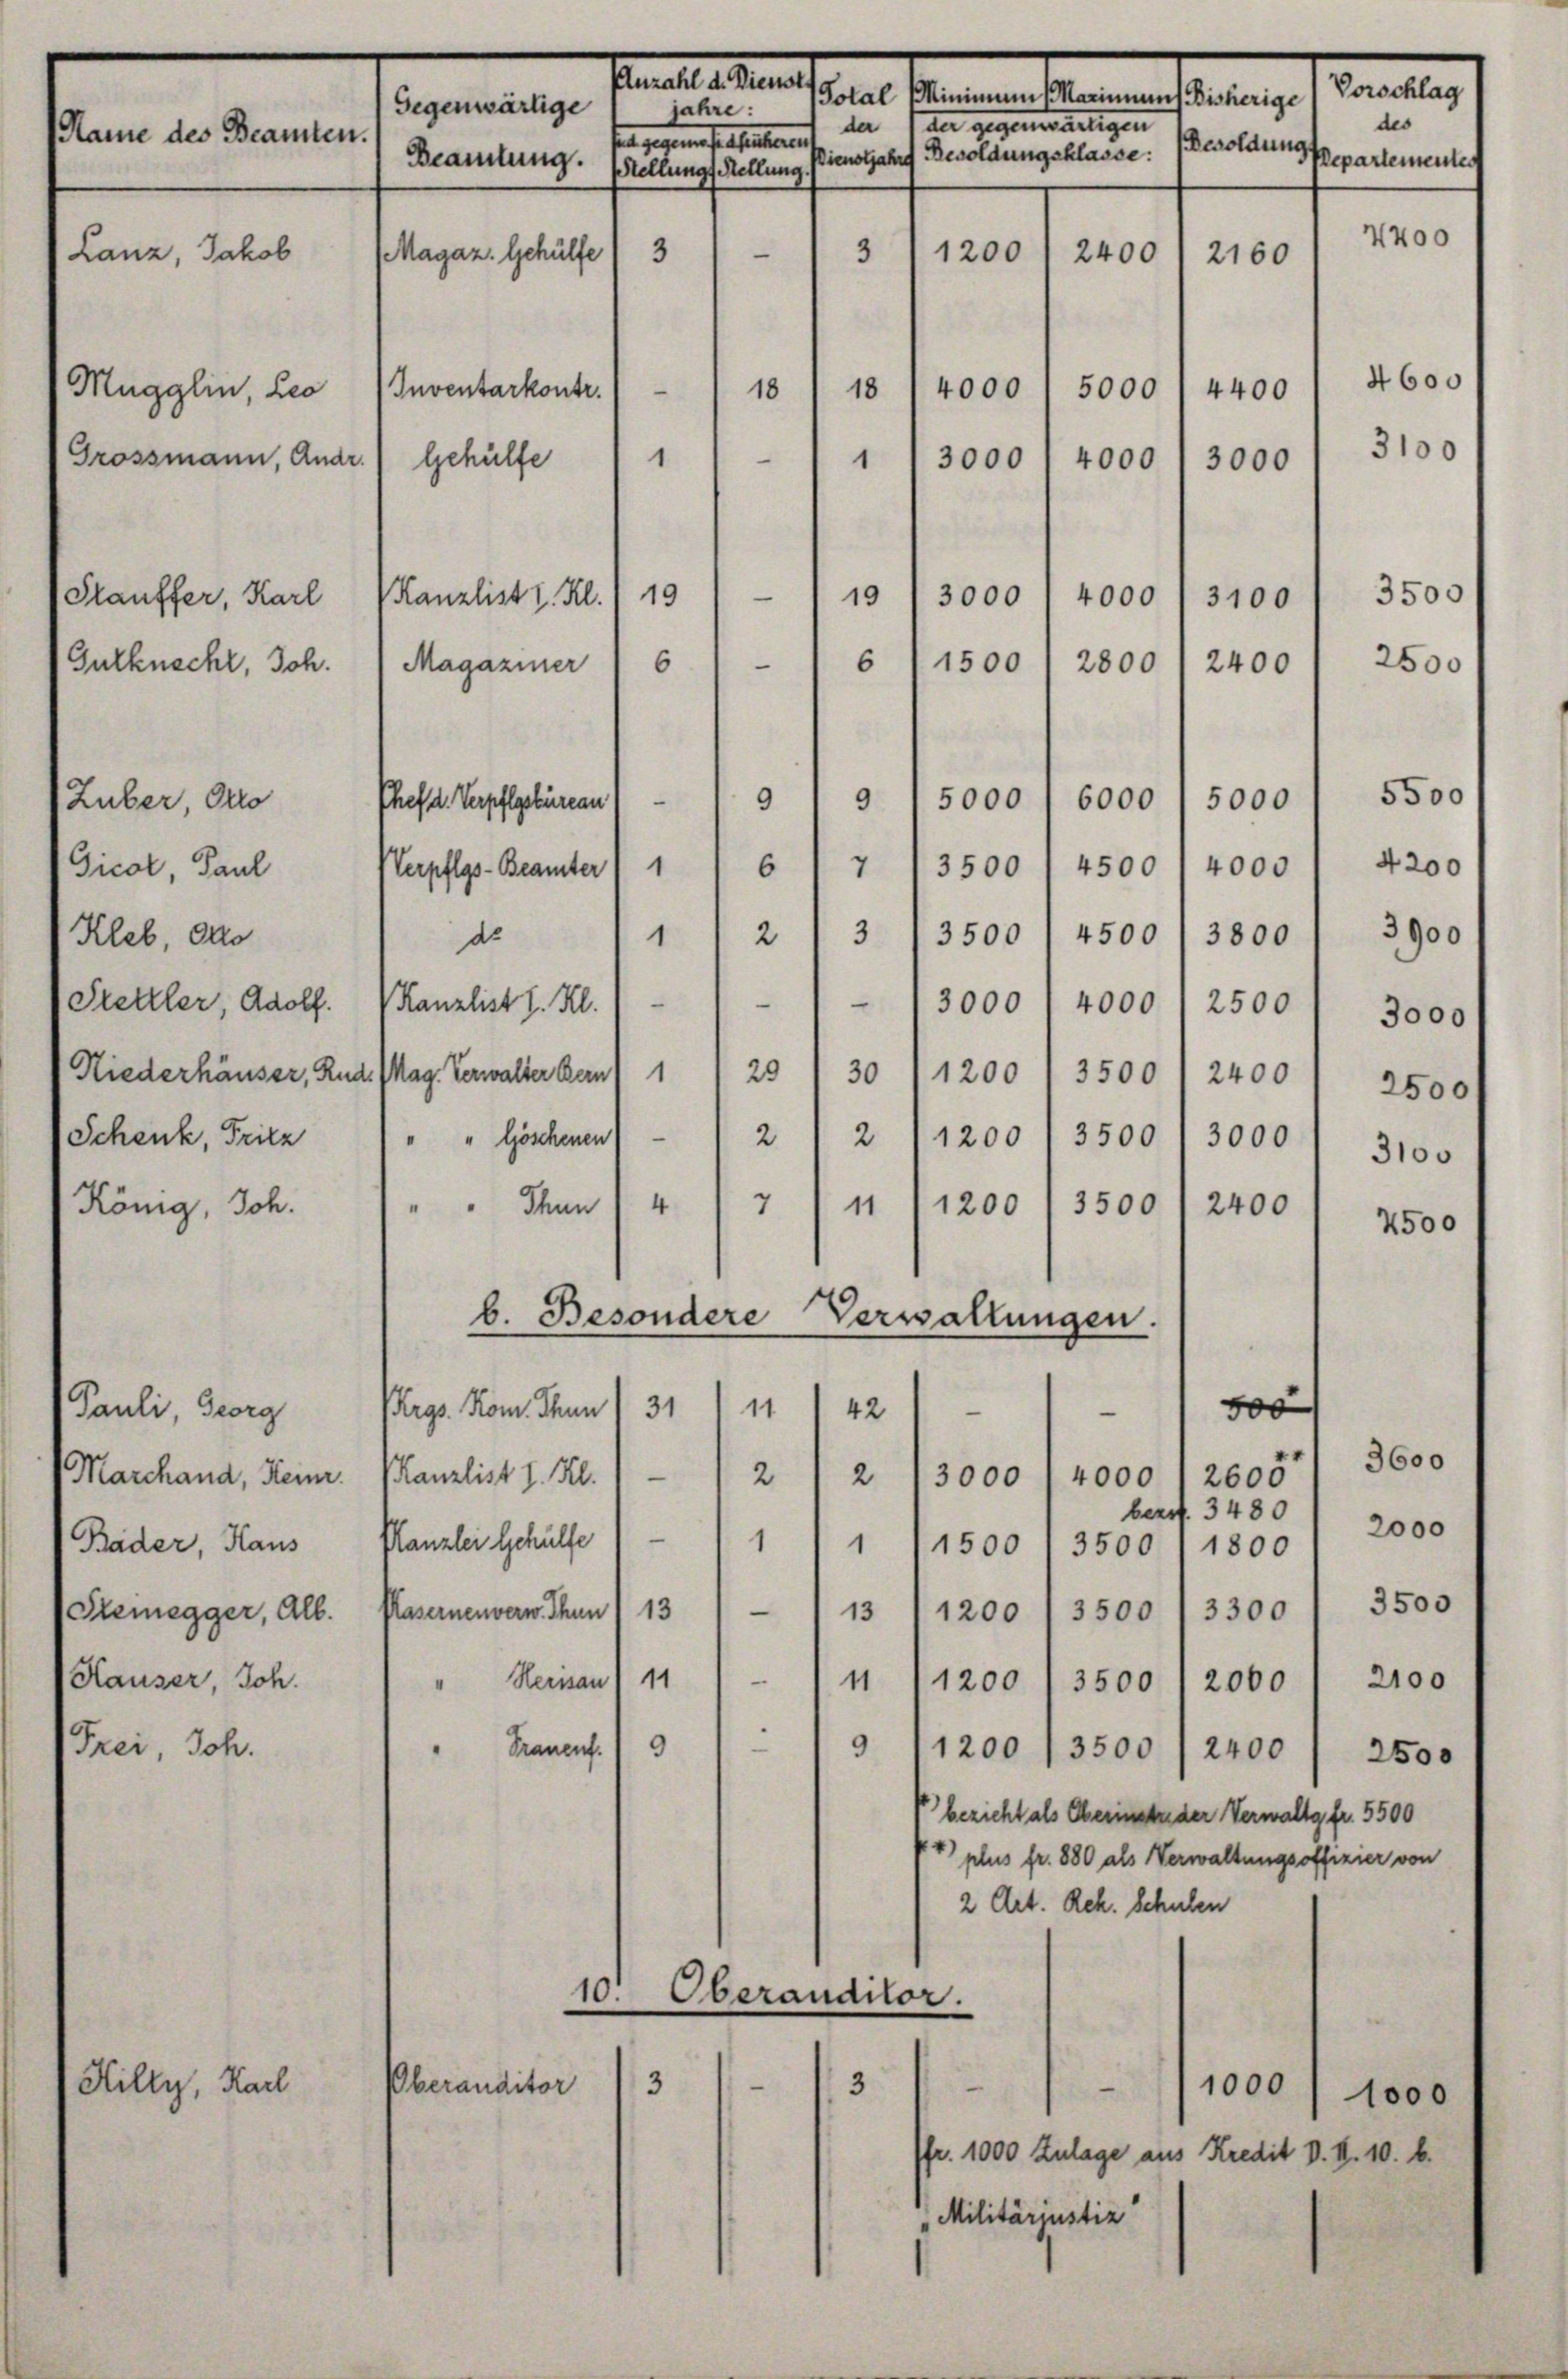
Cancelle Kanals
Vorschlag
sen seinen bereien seinen
Gegenwärtige
jahre:
des
da 1 der gegenseligen
Name des Beamten.
tea gegen sie haltenen
Besoldungs
Dienstjahre Besoldungsklasse:
Repartementest
Beamtung. Stellungs Stellung.
4400
3
31200
Lanz, Jakob
(Magaz. Gehülfe
2400
2160

Mugglin, Leo
Grossmann, Andr

Hauffer, Karl
Gutknecht, Joh.

Zuber, Pro
Gicot, Paul
Kleb, do
Prettler, Adolf.
Niederhäuser, Rud
Schenk, Fritz
König, Joh.

Pauli, Georg
Marchand, Heim.
(Bäder, Haus
Steinegger, Alb.
Hauser, Joh.
(Frei, Joh.

Hilty, Karl

4600
18
4000
18
Inventarkontr.
5000
4400
3100
—
1
3000
4000
Gehülfe
1
3000
-
3500
19
19
4000
3000
(Kanzlisti. Kl.
3100
—
6
2500
1500
2800
6
2400
Magaziner
5500
6000
5000
9
5000
Pheftl. Verpflgebüreau
9
6
1
7 3500 f 4500 / 4000 1 4200
Verpflegs-Beamter
de 11 " 213 13500 / 4500 / 3800) 3900
e
Kanzlist I. Kl.
3000
4000 1 2500
3000
30
1200
Mag. Verwalter Bern
29
1
3500 I 2400 / 2500f
2/2/1200 / 3500
" Göschenen
3000
"
3100
7
Ihnn
4
11
1200 l 3500
2400
4500
b. Besondere Verwaltungen.
31
Pergs. Rom. Thun
11
500
u
42
2 13000 (4000 / 26057/ 3600
2
Planzlist z. B.
bert. 3480
flanzlei Gehülfe / — 11 1500 / 3500 (1300 1 2000
3500
—
Kasernenverw. Thun I 13
3500 (3300
13 (1200
" Herisau / 117 n 11200 / 3500 / 2000) 2100
2
Trauens. 19
9 (1200, 3500 / 2400
2500
" bezieht als Oberinstre der Verwaltg fr. 5500
plus fr. 880 als Verwaltungsoffizier von
2 Art. Rek. schulen
10.
Oberauditor.
3
3
2
Pberanditor
1000) 1000
Pfr. 1000 Zulage aus Kredit d. II. 10. b.
Militäriustiz